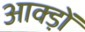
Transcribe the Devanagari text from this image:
आक्ड़ों